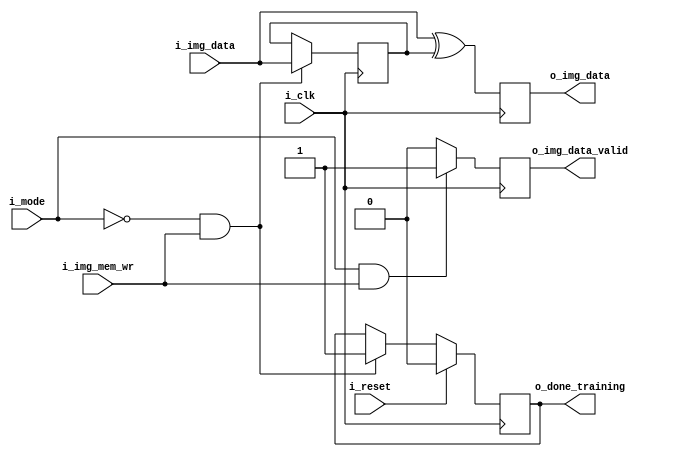
module memCell(
input             i_clk,
input             i_reset,
input             i_mode,
input             i_img_mem_wr,
input       [7:0] i_img_data,
output  reg [7:0] o_img_data,
output  reg     o_img_data_valid,
output  reg     o_done_training
);


reg [7:0] trainImg;

always @(posedge i_clk)
begin
    if(i_mode == 1'b0 && i_img_mem_wr)
	    trainImg <= i_img_data;
end

always @(posedge i_clk)
begin
    if(i_reset)
	    o_done_training  <=  1'b0;
	else if(i_mode == 1'b0 && i_img_mem_wr)
        o_done_training <=  1'b1;
end

always @(posedge i_clk)
begin
    o_img_data <= i_img_data^trainImg;
end

always @(posedge i_clk)
begin
    if(i_mode == 2'b1 && i_img_mem_wr)
	    o_img_data_valid    <=    1'b1;
	else
	    o_img_data_valid    <=    1'b0;
end

endmodule